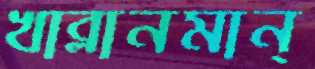
খাব্‌লানমান্